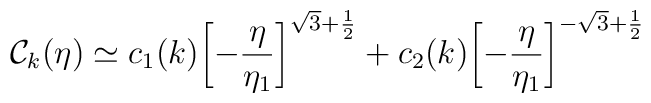
{\cal C}_{k}(\eta) \simeq c_1(k) \biggl[-\frac{\eta}{\eta_1}\biggr]^{\sqrt{3}+\frac{1}{2}} + c_2(k) \biggl[-\frac{\eta}{\eta_1} \biggr]^{-\sqrt{3}+\frac{1}{2}}